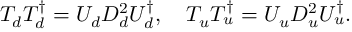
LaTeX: T _ { d } T _ { d } ^ { \dagger } = U _ { d } D _ { d } ^ { 2 } U _ { d } ^ { \dagger } , \quad T _ { u } T _ { u } ^ { \dagger } = U _ { u } D _ { u } ^ { 2 } U _ { u } ^ { \dagger } .